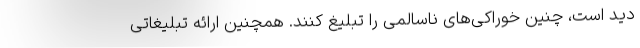
دید است، چنین خوراکی‌های ناسالمی را تبلیغ کنند. همچنین ارائهٔ تبلیغاتی